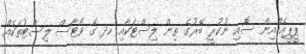
ޕީޕީއެމްއިން ސޮއި ނުކުރީ ބޭރުގެ ތިން ލިސްޓަކާއި ހދ ގެ ވޯޓާސް ލިސްޓުތަކެއް